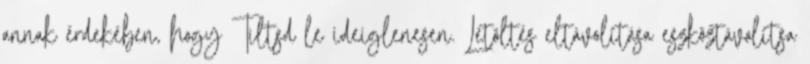
annak érdekében, hogy Tiltsd le ideiglenesen. Letöltés eltávolítása eszköztávolítsa